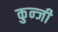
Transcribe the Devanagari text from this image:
कुन्जी